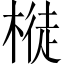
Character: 𣘊